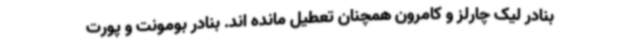
بنادر لیک چارلز و کامرون همچنان تعطیل مانده اند. بنادر بومونت و پورت